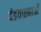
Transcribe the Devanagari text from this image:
दंडयातनाओं